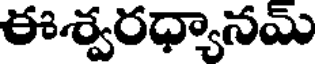
ఈశ్వరధ్యానమ్